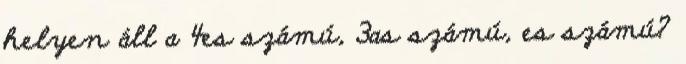
helyen áll a 4es számú, 3as számú, es számú?